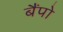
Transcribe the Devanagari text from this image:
बैंपो